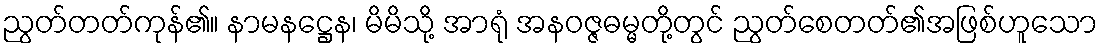
ညွတ်တတ်ကုန်၏။ နာမနဋ္ဌေန၊ မိမိသို့ အာရုံ အနဝဇ္ဇဓမ္မတို့တွင် ညွတ်စေတတ်၏အဖြစ်ဟူသော